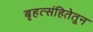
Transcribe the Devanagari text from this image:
बृहत्संहितेतून